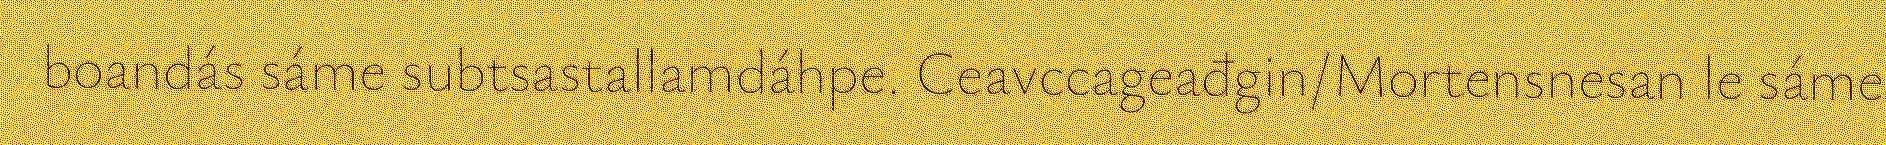
boandás sáme subtsastallamdáhpe. Ceavccageađgin/Mortensnesan le sáme